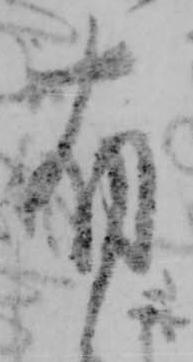
布